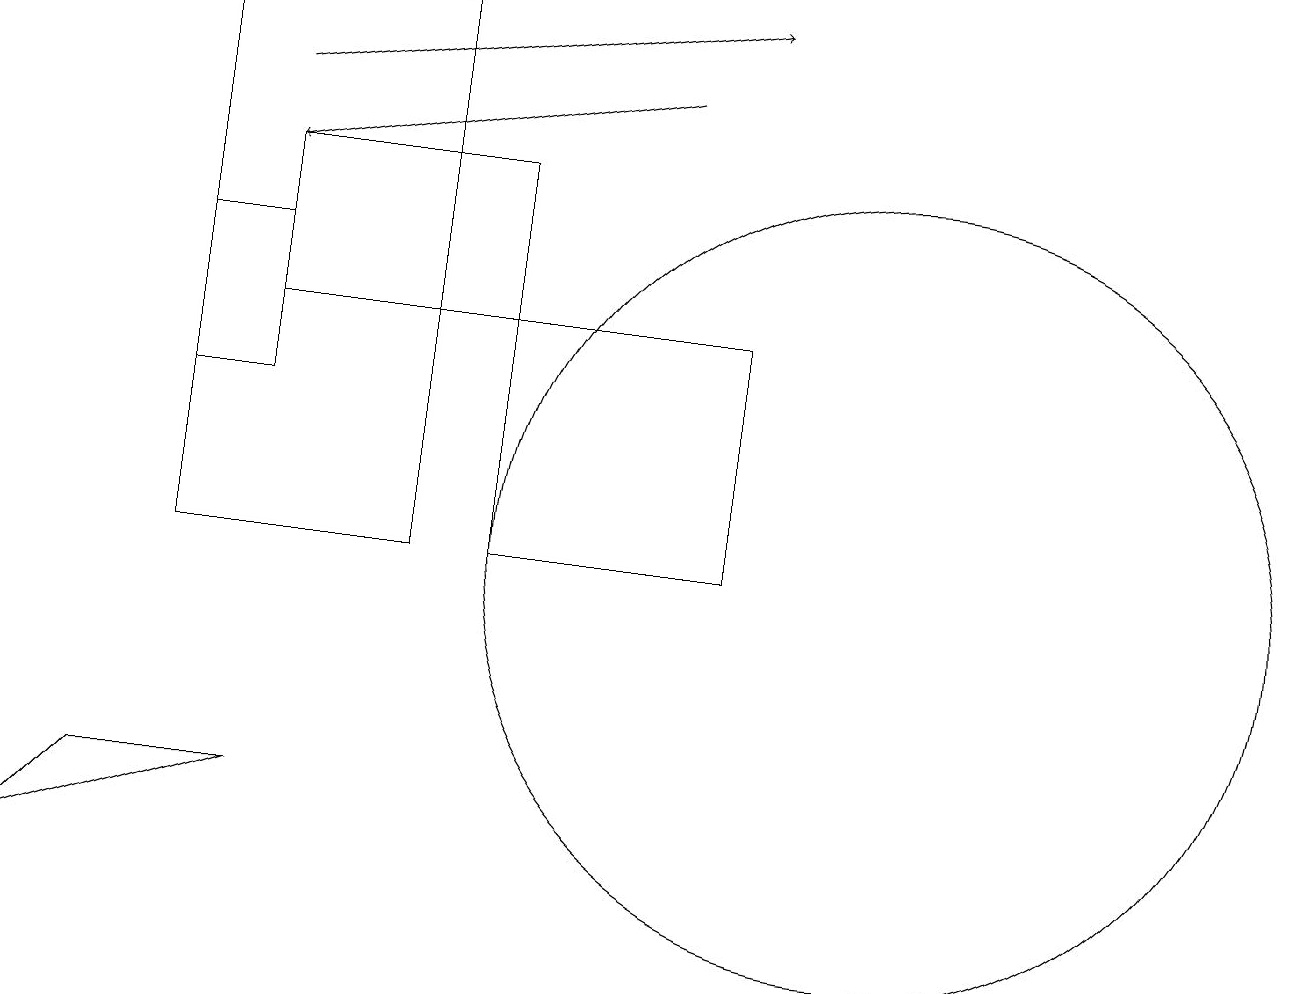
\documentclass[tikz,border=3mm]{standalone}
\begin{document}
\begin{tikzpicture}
\draw[->] (3,17) -- (9,18);
\draw (9,14) rectangle (6,11);
\draw (5,18) rectangle (2,11);
\draw[->] (8,17) -- (3,16);
\draw (1,8) -- (0,7) -- (3,8) -- cycle;
\draw (11,11) circle (5);
\draw (3,16) rectangle (6,14);
\draw (2,15) rectangle (3,13);
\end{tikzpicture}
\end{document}